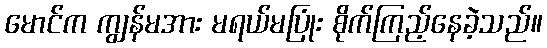
မောင်က ကျွန်မအား မရယ်မပြုံး စိုက်ကြည့်နေခဲ့သည်။